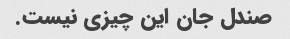
صندل جان این چیزی نیست.